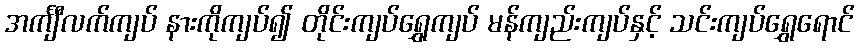
အင်္ကျီလက်ကျပ် နားကိုကျပ်၍ တိုင်းကျပ်ရွှေကျပ် မန်ကျည်းကျပ်နှင့် သင်းကျပ်ရွှေရောင်